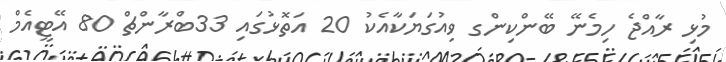
މުޅި ރާއްޖެ ހިމެނޭ ބޭންކިންގ ވިއުގަޔަކާއެކު 20 އަތޮޅުގައި 33ބްރާންޗް 80 އޭޓީއެމް